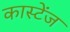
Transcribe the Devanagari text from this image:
कास्टेंज